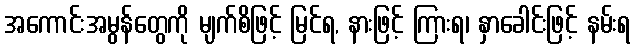
အကောင်းအမွန်တွေကို မျက်စိဖြင့် မြင်ရ, နားဖြင့် ကြားရ၊ နှာခေါင်းဖြင့် နမ်းရ